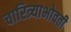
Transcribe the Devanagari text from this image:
चारित्र्याभोवती